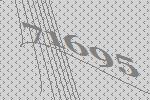
71695